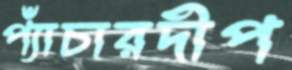
প্যাঁচারদীপ